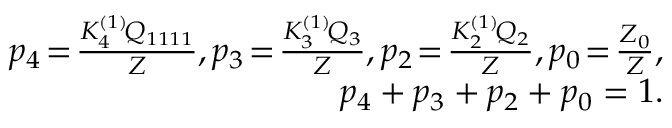
\begin{array} { r } { p _ { 4 } \! = \! \frac { K _ { 4 } ^ { ( 1 ) } \! Q _ { 1 1 1 1 } } { Z } , p _ { 3 } \! = \! \frac { K _ { 3 } ^ { ( 1 ) } \! { \cal Q } _ { 3 } } { Z } , p _ { 2 } \! = \! \frac { K _ { 2 } ^ { ( 1 ) } \! { \cal Q } _ { 2 } } { Z } , p _ { 0 } \! = \! \frac { { \cal Z } _ { 0 } } { Z } , } \\ { p _ { 4 } + p _ { 3 } + p _ { 2 } + p _ { 0 } = 1 . } \end{array}